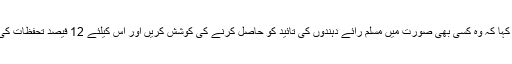
چیف منسٹر نے وزراء اور قائدین سے کہا کہ وہ کسی بھی صورت میں مسلم رائے دہندوں کی تائید کو حاصل کرنے کی کوشش کریں اور اس کیلئے 12 فیصد تحفظات کی فراہمی کے وعدے کا اعادہ کیا جائے۔